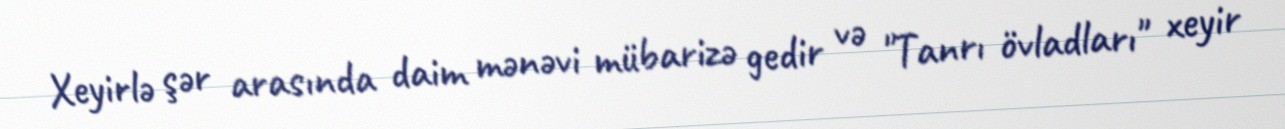
Xeyirlə şər arasında daim mənəvi mübarizə gedir və "Tanrı övladları" xeyir